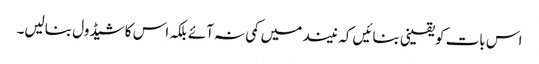
اس بات کو یقینی بنائیں کہ نیند میں کمی نہ آئے بلکہ اس کا شیڈول بنالیں۔